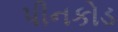
પીનકોડ